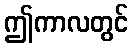
ဤကာလတွင်